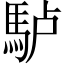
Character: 𩢬